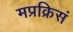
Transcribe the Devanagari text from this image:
मप्रक्रिसं